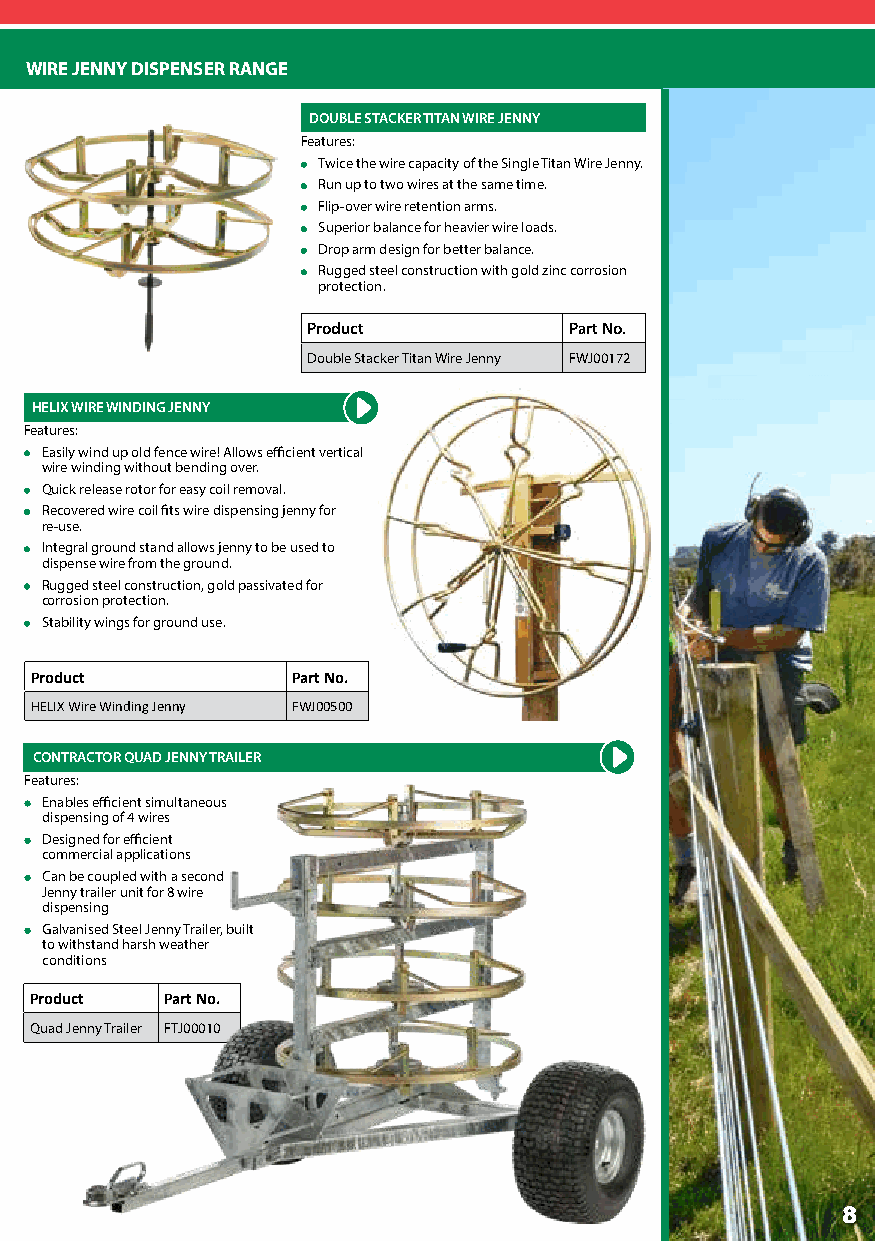
WIRE JENNY DISPENSER RANGE
 DOUBLE STACKER TITAN WIRE JENNY
 Features:
 Twice the wire capacity of the Single Titan Wire Jenny.
 Run up to two wires at the same time.
 Flip-over wire retention arms.
 Superior balance for heavier wire loads.
 Drop arm design for better balance.
 Rugged steel construction with gold zinc corrosion
 protection.
 Product           Part No.
 Double Stacker Titan Wire Jenny FWJ00172
 HELIX WIRE WINDING JENNY
 Features:
 Easily wind up old fence wire! Allows efficient vertical
 wire winding without bending over.
 Quick release rotor for easy coil removal.
 Recovered wire coil fits wire dispensing jenny for
 re-use.
 Integral ground stand allows jenny to be used to
 dispense wire from the ground.
 Rugged steel construction, gold passivated for
 corrosion protection.
 Stability wings for ground use.
 Product          Part No.
 HELIX Wire Winding Jenny FWJ00500
 CONTRACTOR QUAD JENNY TRAILER
 Features:
 Enables efficient simultaneous
 dispensing of 4 wires
 Designed for efficient
 commercial applications
 Can be coupled with a second
 Jenny trailer unit for 8 wire
 dispensing
 Galvanised Steel Jenny Trailer, built
 to withstand harsh weather
 conditions
 Product  Part No.
 Quad Jenny Trailer FTJ00010
 8